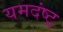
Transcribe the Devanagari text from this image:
यमदंष्ट्र